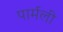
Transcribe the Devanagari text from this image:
पार्मली